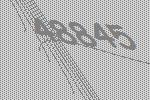
48845